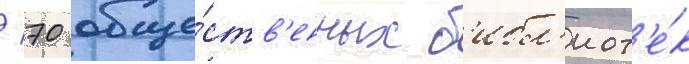
/ 70 обще́ств'енных б'ибл'иот'е́к